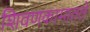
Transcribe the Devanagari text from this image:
शिवणकामातले